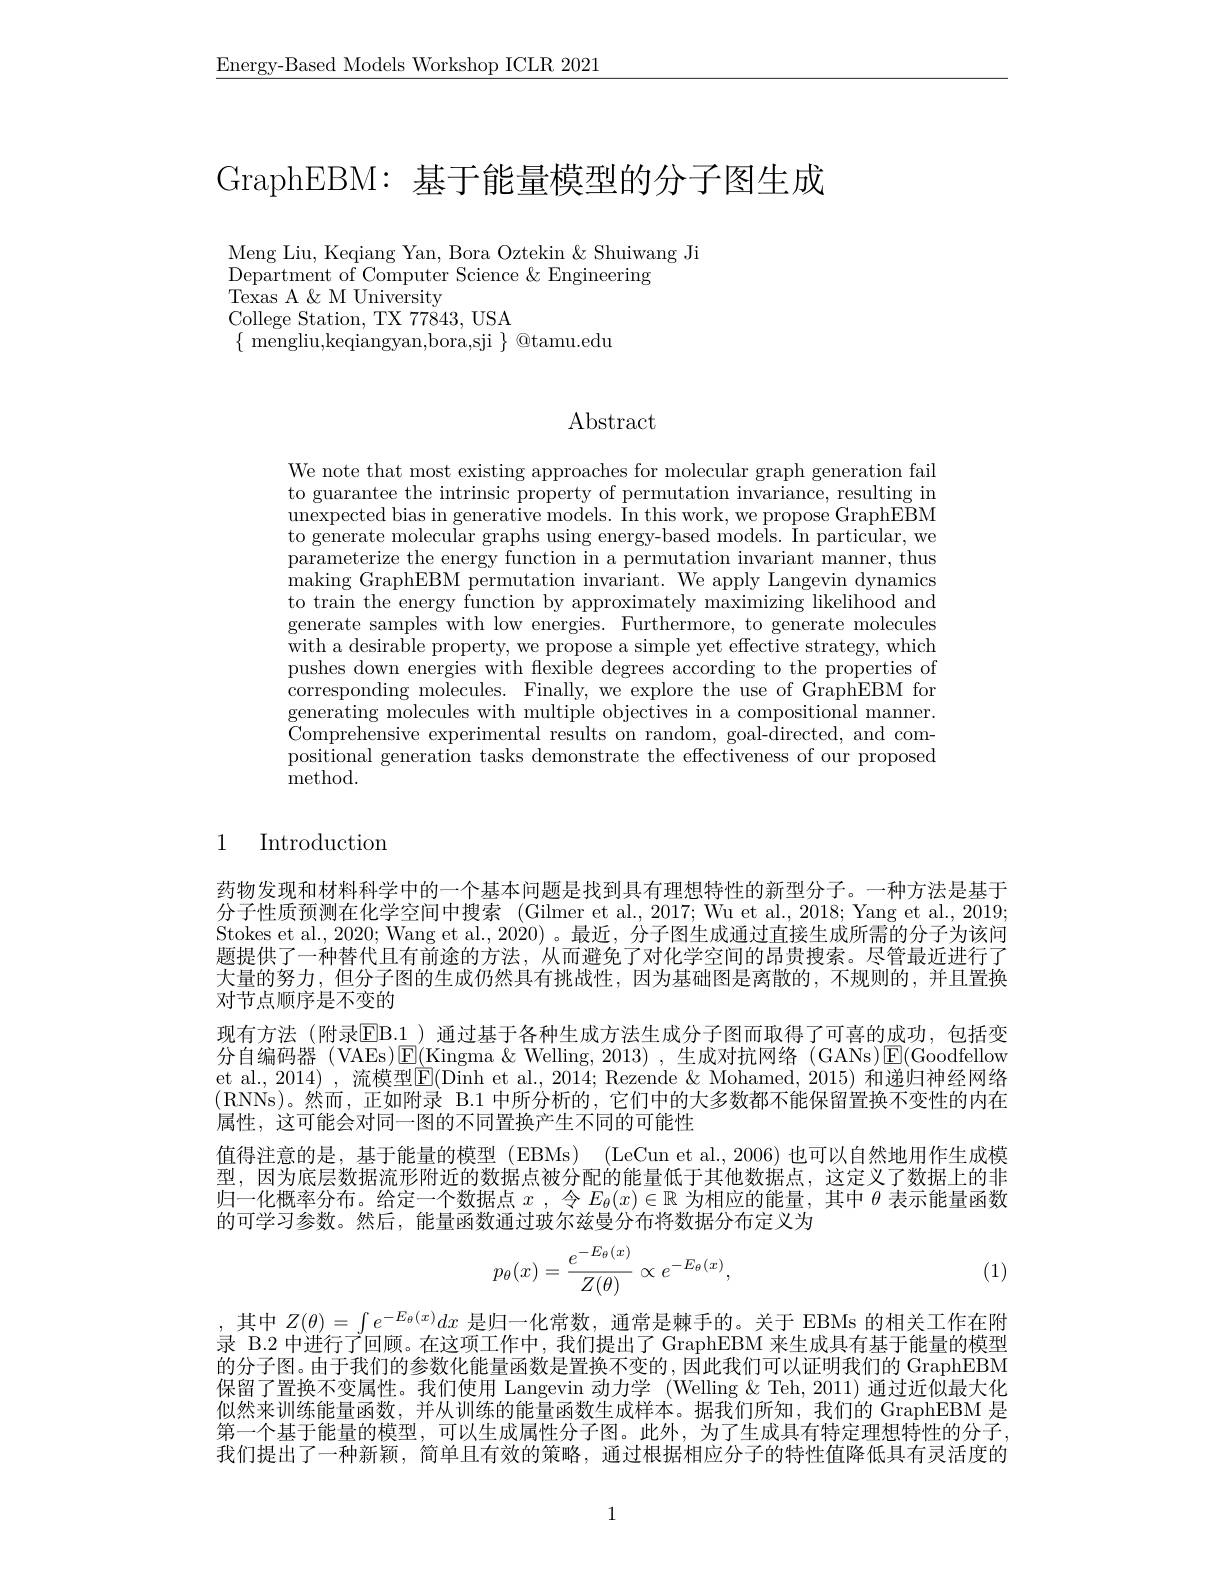
$\underline{\text{Energy-Based Models Workshop ICLR 2021}}$

GraphEBM: 基于能量模型的分子图生成

Meng Liu, Keqiang Yan, Bora Oztekin & Shuiwang Ji
Department of Computer Science &Engineering
Texas A & M University
College Station, TX 77843, USA
$\{$ mengliu,keqiangyan,bora,sji $\}$ @tamu.edu

$\operatorname{Abstract}$

We note that most existing approaches for molecular graph generation fail to guarantee the intrinsic property of permutation invariance, resulting in unexpected bias in generative models. In this work, we propose GraphEBM to generate molecular graphs using energy-based models. In particular, we parameterize the energy function in a permutation invariant manner, thus making GraphEBM permutation invariant. We apply Langevin dynamics to train the energy function by approximately maximizing likelihood and generate samples with low energies. Furthermore, to generate molecules with a desirable property, we propose a simple yet effective strategy, which pushes down energies with flexible degrees according to the properties of corresponding molecules. Finally, we explore the use of GraphEBM for generating molecules with multiple objectives in a compositional manner. Comprehensive experimental results on random, goal-directed, and compositional generation tasks demonstrate the effectiveness of our proposed method.

# 1 Introduction

药物发现和材料科学中的一个基本问题是找到具有理想特性的新型分子。一种方法是基于分子性质预测在化学空间中搜索 (Gilmer et al.,2017; Wu et al.,2018; Yang et al., 2019; Stokes et al., 2020; Wang et al., 2020) 。最近，分子图生成通过直接生成所需的分子为该问题提供了一种替代且有前途的方法，从而避免了对化学空间的昂贵搜索。尽管最近进行了大量的努力，但分子图的生成仍然具有挑战性，因为基础图是离散的，不规则的，并且置换对节点顺序是不变的
现有方法(附录EB. 1)通过基于各种生成方法生成分子图而取得了可喜的成功，包括变分自编码器 (VAEs)$\operatorname{\overline{\mathrm{E}}}($Kingma $\&$ Welling,2013),生成对抗网络 (GANs)$\operatorname{\overline{\mathrm{E}}}($Goodfellow et al., 2014) , 流模型$\overline\overline{\mathrm{E}}($Dinh et al., 2014; Rezende & Mohamed, 2015) 和递归神经网络(RNNs)。然而，正如附录 B.1 中所分析的，它们中的大多数都不能保留置换不变性的内在属性，这可能会对同一图的不同置换产生不同的可能性
值得注意的是，基于能量的模型(EBMs) (LeCun et al.,2006)也可以自然地用作生成模型，因为底层数据流形附近的数据点被分配的能量低于其他数据点，这定义了数据上的非归一化概率分布。给定一个数据点$x$ ,令$E_\theta(x)\in\mathbb{R}$为相应的能量，其中$\theta$表示能量函数的可学习参数。然后，能量函数通过玻尔兹曼分布将数据分布定义为
$$p_\theta(x)=\frac{e^{-E_\theta(x)}}{Z(\theta)}\propto e^{-E_\theta(x)},$$
(1)

,其中$Z(\theta)=\int e^{-E_\theta(x)}dx$是归一化常数，通常是棘手的。关于 EBMs 的相关工作在附录 B.2 中进行了问顾。在这项]作中，我们提出了GraphEBM 来牛成具有基干能最的模型的分子图。由于我们的参数化能量函数是置换不变的，因此我们可以证明我们的 GraphEBM 保留了置换不变属性。我们使用 Langevin 动力学 (Welling &Teh, 2011) 通过近似最大化似然来训练能量函数，并从训练的能量函数生成样本。据我们所知，我们的 GraphEBM 是第一个基于能量的模型，可以生成属性分子图。此外，为了生成具有特定理想特性的分子， 我们提出了一种新颖，简单且有效的策略，通过根据相应分子的特性值降低具有灵活度的

1